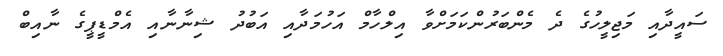
ސައީދާއި މަޖިލީހުގެ ދެ މެންބަރުންކަމަށްވާ އިލްހާމް އަހުމަދާއި އަބުދު ޝިނާނާއި އެމްޑީޕީގެ ނާއިބް